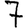
Digit: 7